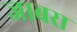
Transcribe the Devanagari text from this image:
जाबरा